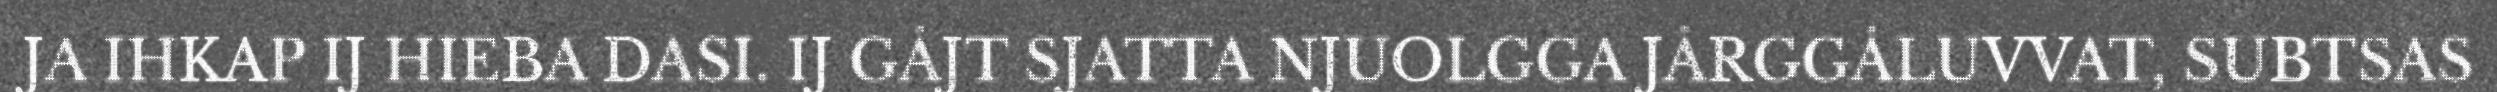
JA IHKAP IJ HIEBA DASI. IJ GÅJT SJATTA NJUOLGGA JÅRGGÅLUVVAT, SUBTSAS